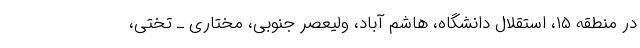
در منطقه ۱۵، استقلال دانشگاه، هاشم آباد، ولیعصر جنوبی، مختاری ـ تختی،